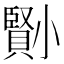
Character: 𡮺